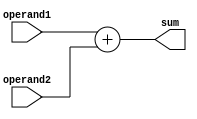
module Adder(input [3:0] operand1, operand2,
             output reg [4:0] sum);

always @(*)
begin
    sum = operand1 + operand2;
end

endmodule